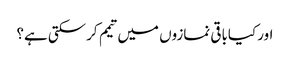
اور کیاباقی نمازوں میں تیمم کرسکتی ہے؟